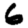
Digit: 6